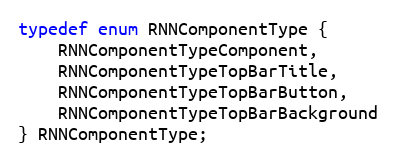
Language: C
typedef enum RNNComponentType {
    RNNComponentTypeComponent,
    RNNComponentTypeTopBarTitle,
    RNNComponentTypeTopBarButton,
    RNNComponentTypeTopBarBackground
} RNNComponentType;